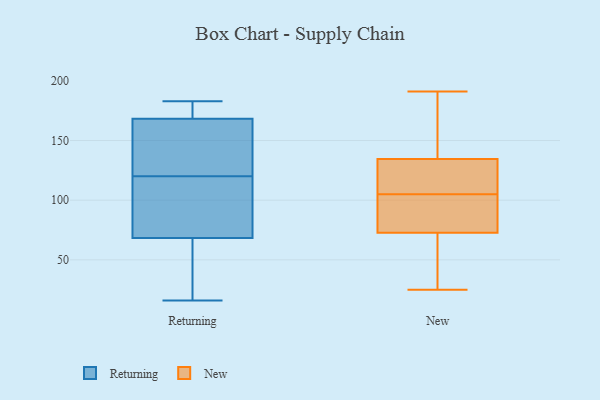
{"axis": {"x": "Temperature (°C)", "y": "Value"}, "legend": ["New", "Returning"], "data": [{"x": "", "y": 70, "type": "Returning"}, {"x": "", "y": 78, "type": "Returning"}, {"x": "", "y": 183, "type": "Returning"}, {"x": "", "y": 101, "type": "Returning"}, {"x": "", "y": 17, "type": "Returning"}, {"x": "", "y": 63, "type": "Returning"}, {"x": "", "y": 155, "type": "Returning"}, {"x": "", "y": 126, "type": "Returning"}, {"x": "", "y": 16, "type": "Returning"}, {"x": "", "y": 120, "type": "Returning"}, {"x": "", "y": 175, "type": "Returning"}, {"x": "", "y": 28, "type": "Returning"}, {"x": "", "y": 172, "type": "Returning"}, {"x": "", "y": 167, "type": "Returning"}, {"x": "", "y": 107, "type": "Returning"}, {"x": "", "y": 140, "type": "Returning"}, {"x": "", "y": 183, "type": "Returning"}, {"x": "", "y": 116, "type": "New"}, {"x": "", "y": 151, "type": "New"}, {"x": "", "y": 191, "type": "New"}, {"x": "", "y": 121, "type": "New"}, {"x": "", "y": 45, "type": "New"}, {"x": "", "y": 29, "type": "New"}, {"x": "", "y": 71, "type": "New"}, {"x": "", "y": 136, "type": "New"}, {"x": "", "y": 118, "type": "New"}, {"x": "", "y": 83, "type": "New"}, {"x": "", "y": 105, "type": "New"}, {"x": "", "y": 81, "type": "New"}, {"x": "", "y": 130, "type": "New"}, {"x": "", "y": 92, "type": "New"}, {"x": "", "y": 58, "type": "New"}, {"x": "", "y": 181, "type": "New"}, {"x": "", "y": 78, "type": "New"}, {"x": "", "y": 166, "type": "New"}, {"x": "", "y": 25, "type": "New"}]}